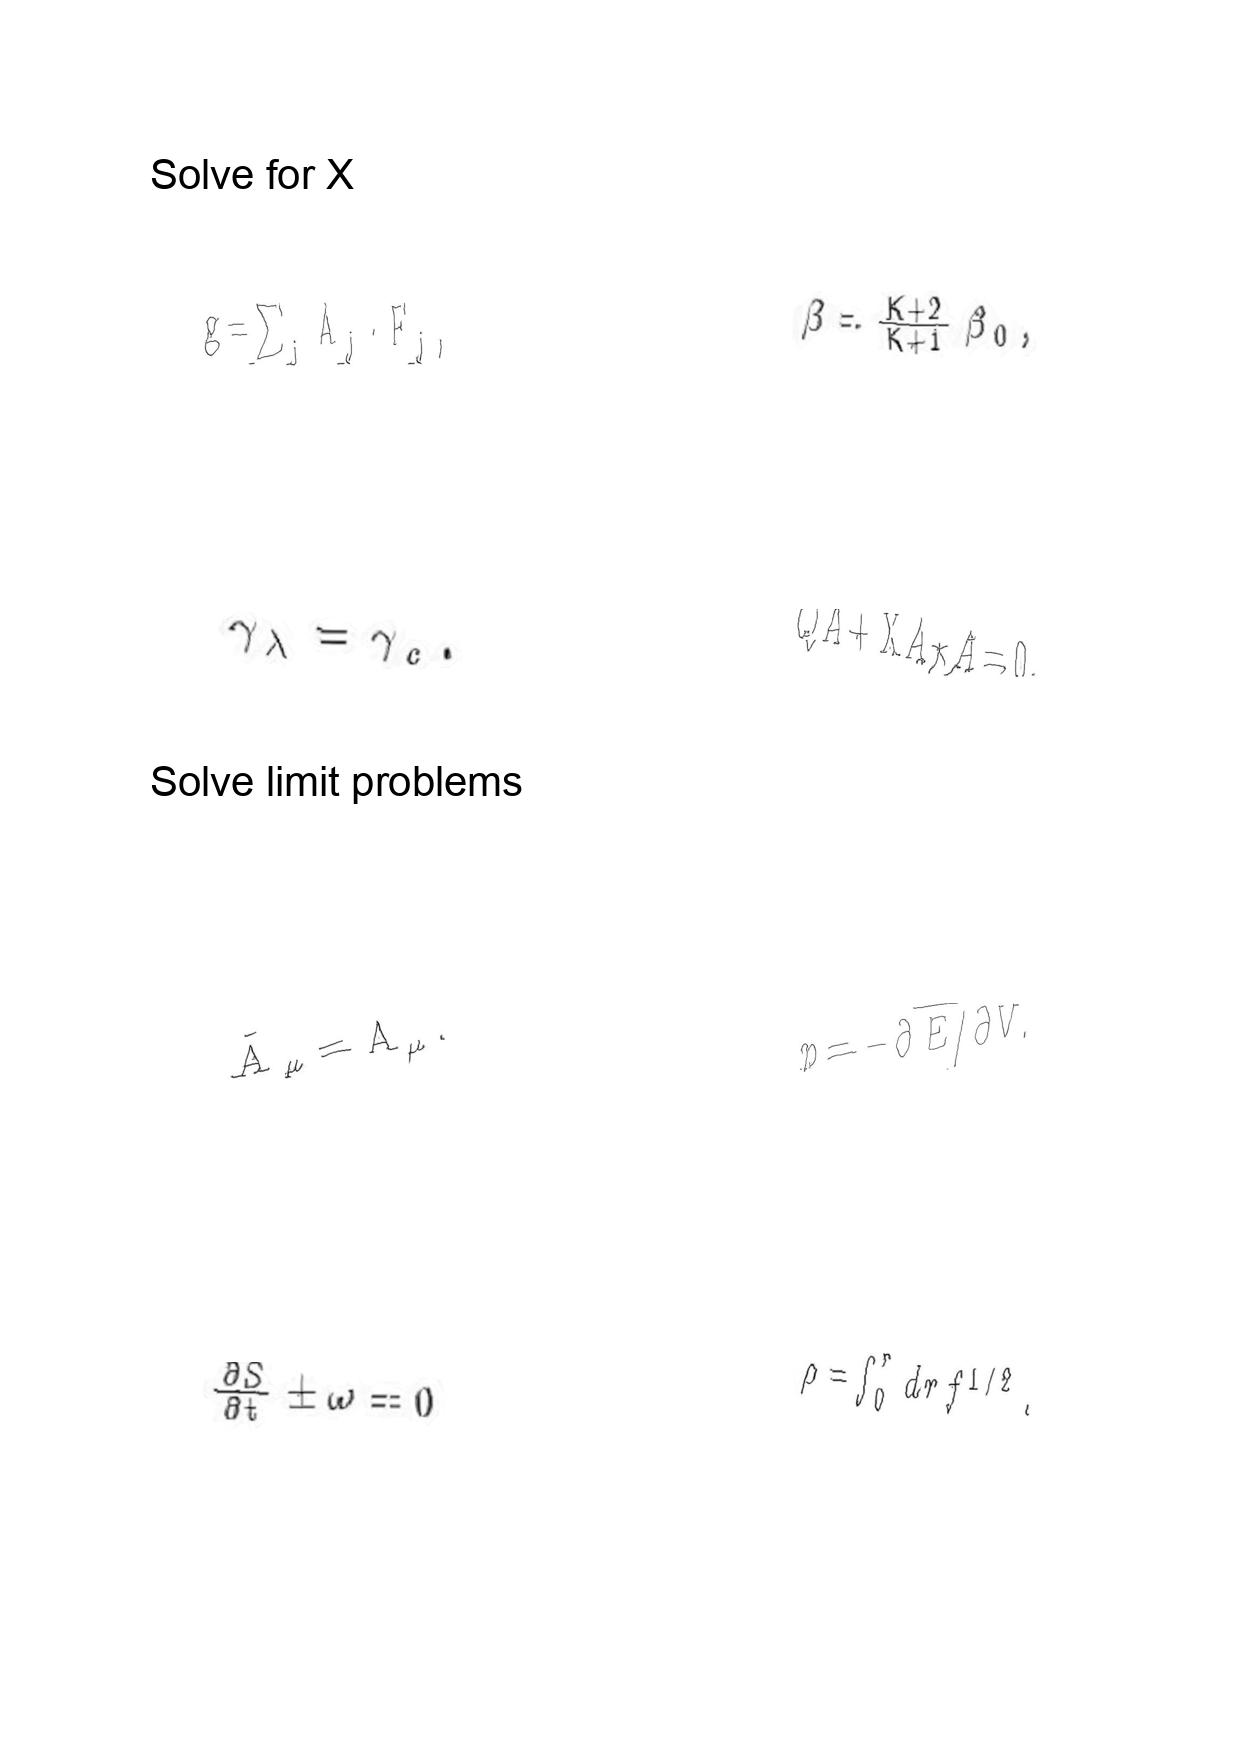
LaTeX transcription:
g = \sum _ { j } A _ { j } \cdot F _ { j } ,
\gamma _ { \lambda } = \gamma _ { c } .
\tilde { A } _ { \mu } = A _ { \mu } .
\frac { \partial S } { \partial t } \pm \omega = 0
\beta = \frac { K + 2 } { K + 1 } \beta _ { 0 } ,
Q A + \mathrm { X } A \star A = 0 .
p = - \partial \overline { E / \partial V . }
\rho = \int _ { 0 } ^ { r } d r f ^ { 1 / 2 } .